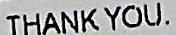
THANK YOU.